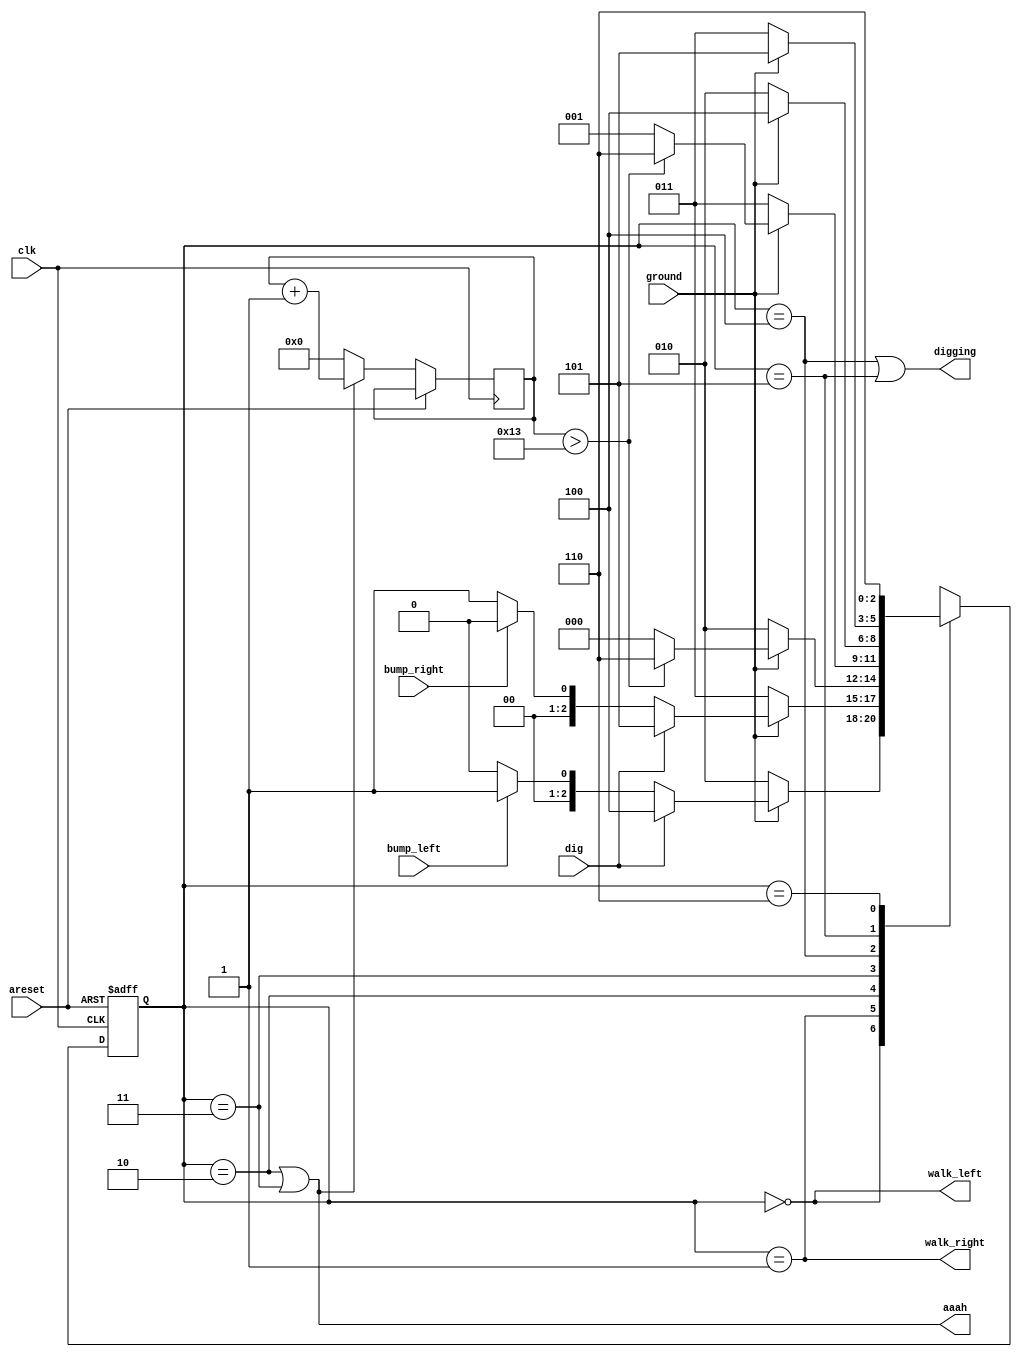
module top_module(
    input clk,
    input areset,    // Freshly brainwashed Lemmings walk left.
    input bump_left,
    input bump_right,
    input ground,
    input dig,
    output walk_left,
    output walk_right,
    output aaah,
    output digging ); 

    parameter [2:0] left = 3'd0, right = 3'd1, fall_l = 3'd2, fall_r = 3'd3, dig_l = 3'd4, dig_r = 3'd5, splat = 3'd6;
    reg [2:0] state, nextstate;
    reg [7:0] count; // set a larger number otherwise it will overflow
    
    always @(*) begin
        case (state)
            left: nextstate = (~ground) ? fall_l : ( (dig) ? dig_l : ( (bump_left) ? right : left ) );
            right: nextstate = (~ground) ? fall_r : ( (dig) ? dig_r : ( (bump_right) ? left : right ) );
            fall_l: nextstate = (~ground) ? fall_l : ( (count > 19) ? splat : left );
            fall_r: nextstate = (~ground) ? fall_r : ( (count > 19) ? splat : right );
            dig_l: nextstate = (~ground) ? fall_l : dig_l;
            dig_r: nextstate = (~ground) ? fall_r : dig_r;
            splat: nextstate = splat;
            default: nextstate = 3'bxxx;
        endcase
    end
    
    always @(posedge clk, posedge areset) begin
        if (areset) state <= left;
        else begin
            if (state == fall_l | state == fall_r) begin
                count <= count + 1;
                state <= nextstate;
            end
            else begin
                state <= nextstate;
                count <= 0;
            end
        end
    end
    
    assign walk_left = (state == left);
    assign walk_right = (state == right);
    assign aaah = (state == fall_l | state == fall_r);
    assign digging = (state == dig_l | state == dig_r);
    
endmodule